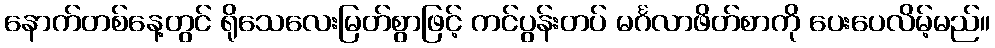
နောက်တစ်နေ့တွင် ရိုသေလေးမြတ်စွာဖြင့် ကင်ပွန်းတပ် မင်္ဂလာဖိတ်စာကို ပေးပေလိမ့်မည်။